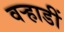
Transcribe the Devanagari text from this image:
वर्‍हाडीं